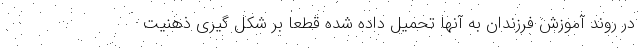
در روند آموزش فرزندان به آنها تحمیل داده شده قطعا بر شکل گیری ذهنیت